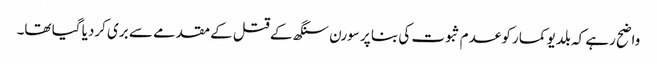
واضح رہے کہ بلدیو کمار کو عدم ثبوت کی بنا پر سورن سنگھ کے قتل کے مقدمے سے بری کردیا گیا تھا۔